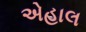
એહાલ